38_143685_box_Incident_Summaries_173-233
Agency: Department of War
Page 14
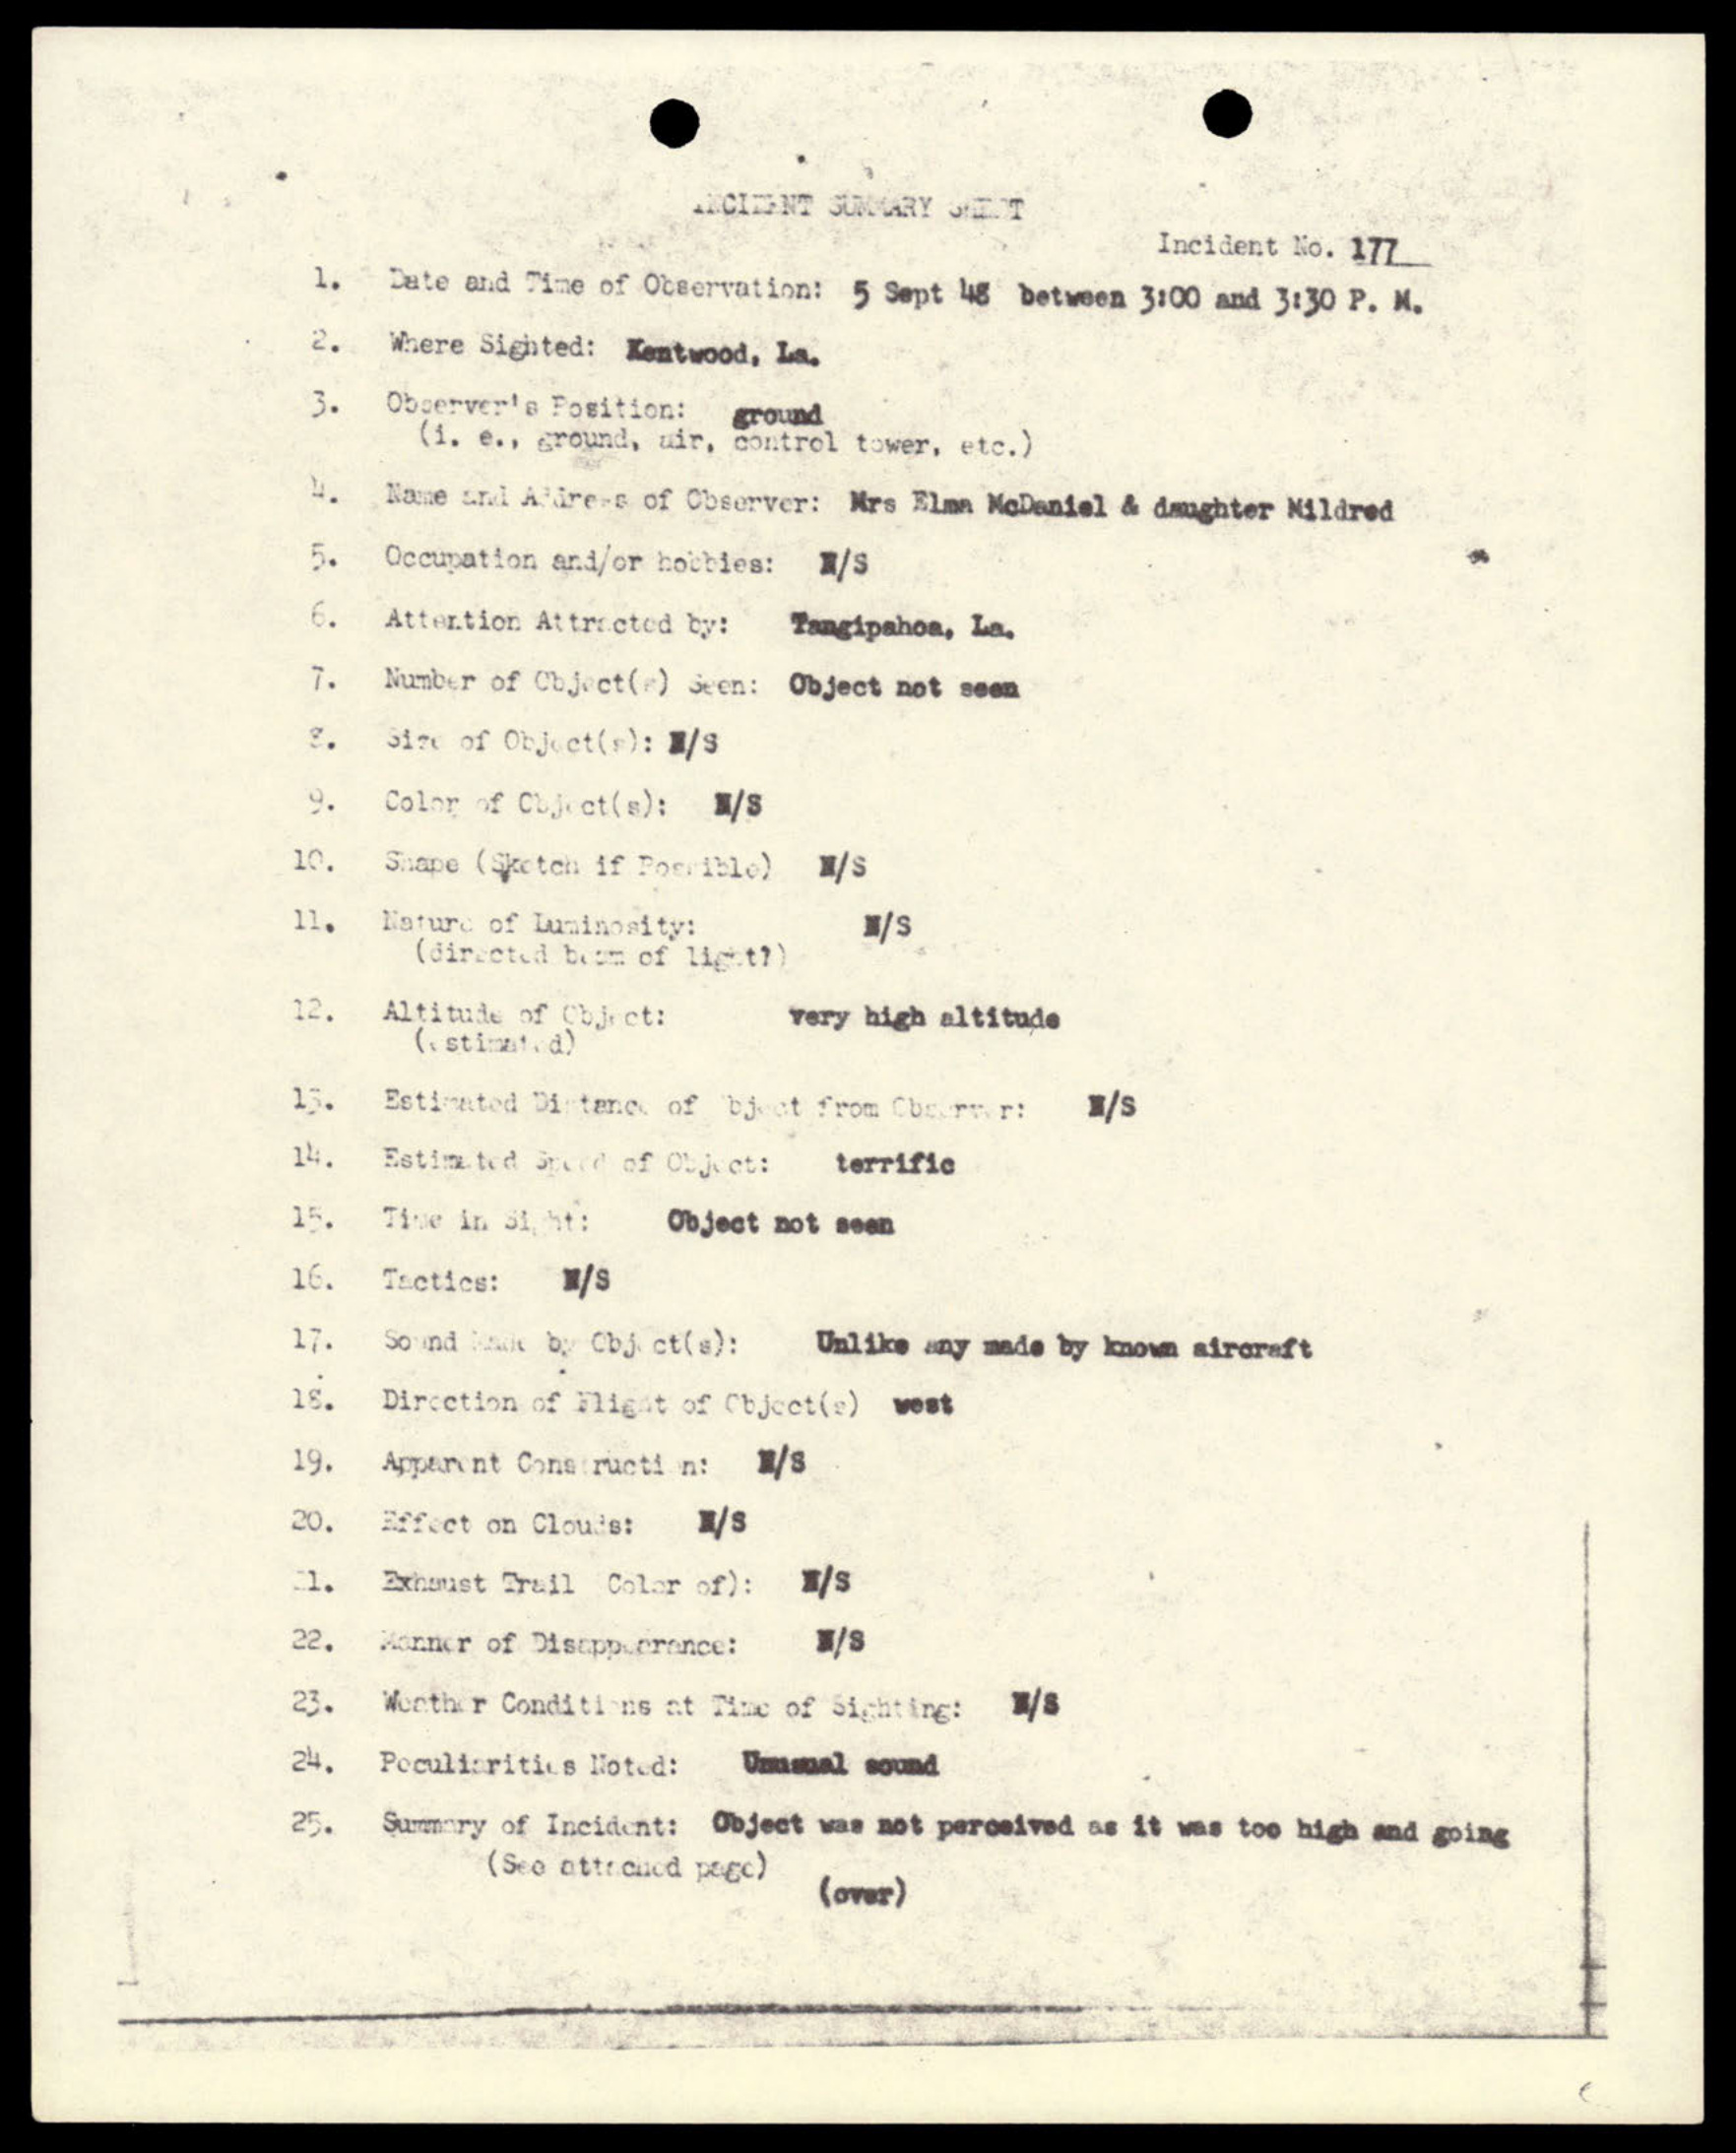